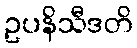
ဥပနိသီဒတိ